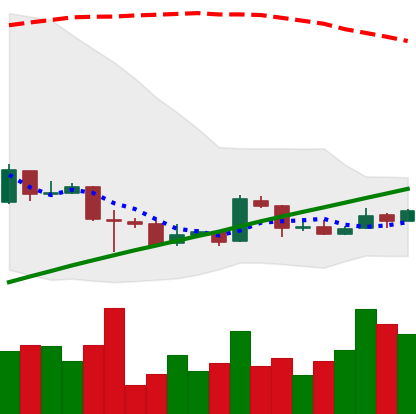
Ticker: BTC-USD
Chart end date: 2016-02-12
Forward return: 8.343%
Label: up_7plus